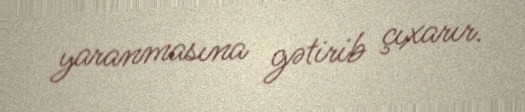
yaranmasına gətirib çıxarır.